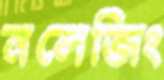
নলেজিং